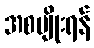
အစပျိုးရန်